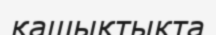
қашықтыкта